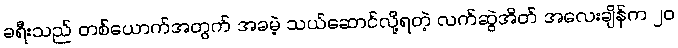
ခရီးသည် တစ်ယောက်အတွက် အခမဲ့ သယ်ဆောင်လို့ရတဲ့ လက်ဆွဲအိတ် အလေးချိန်က ၂၀